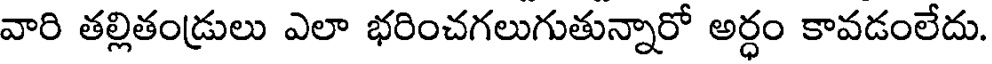
వారి తల్లితండ్రులు ఎలా భరించగలుగుతున్నారో అర్ధం కావడంలేదు.